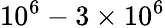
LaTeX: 10^{6}-3\times 10^{6}